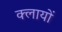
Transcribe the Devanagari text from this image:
क्लायों